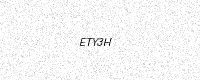
Text: ETY3H